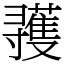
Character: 彟